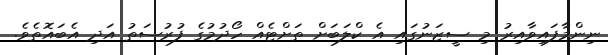
ނިންމާފައިވާއިރު މި ސީޒަނުގައި އެ ކްލަބަށް ތަށްޓެއް ހޯދުމުގެ ފުރުސަތު އަދި އެބައޮތެވެ.